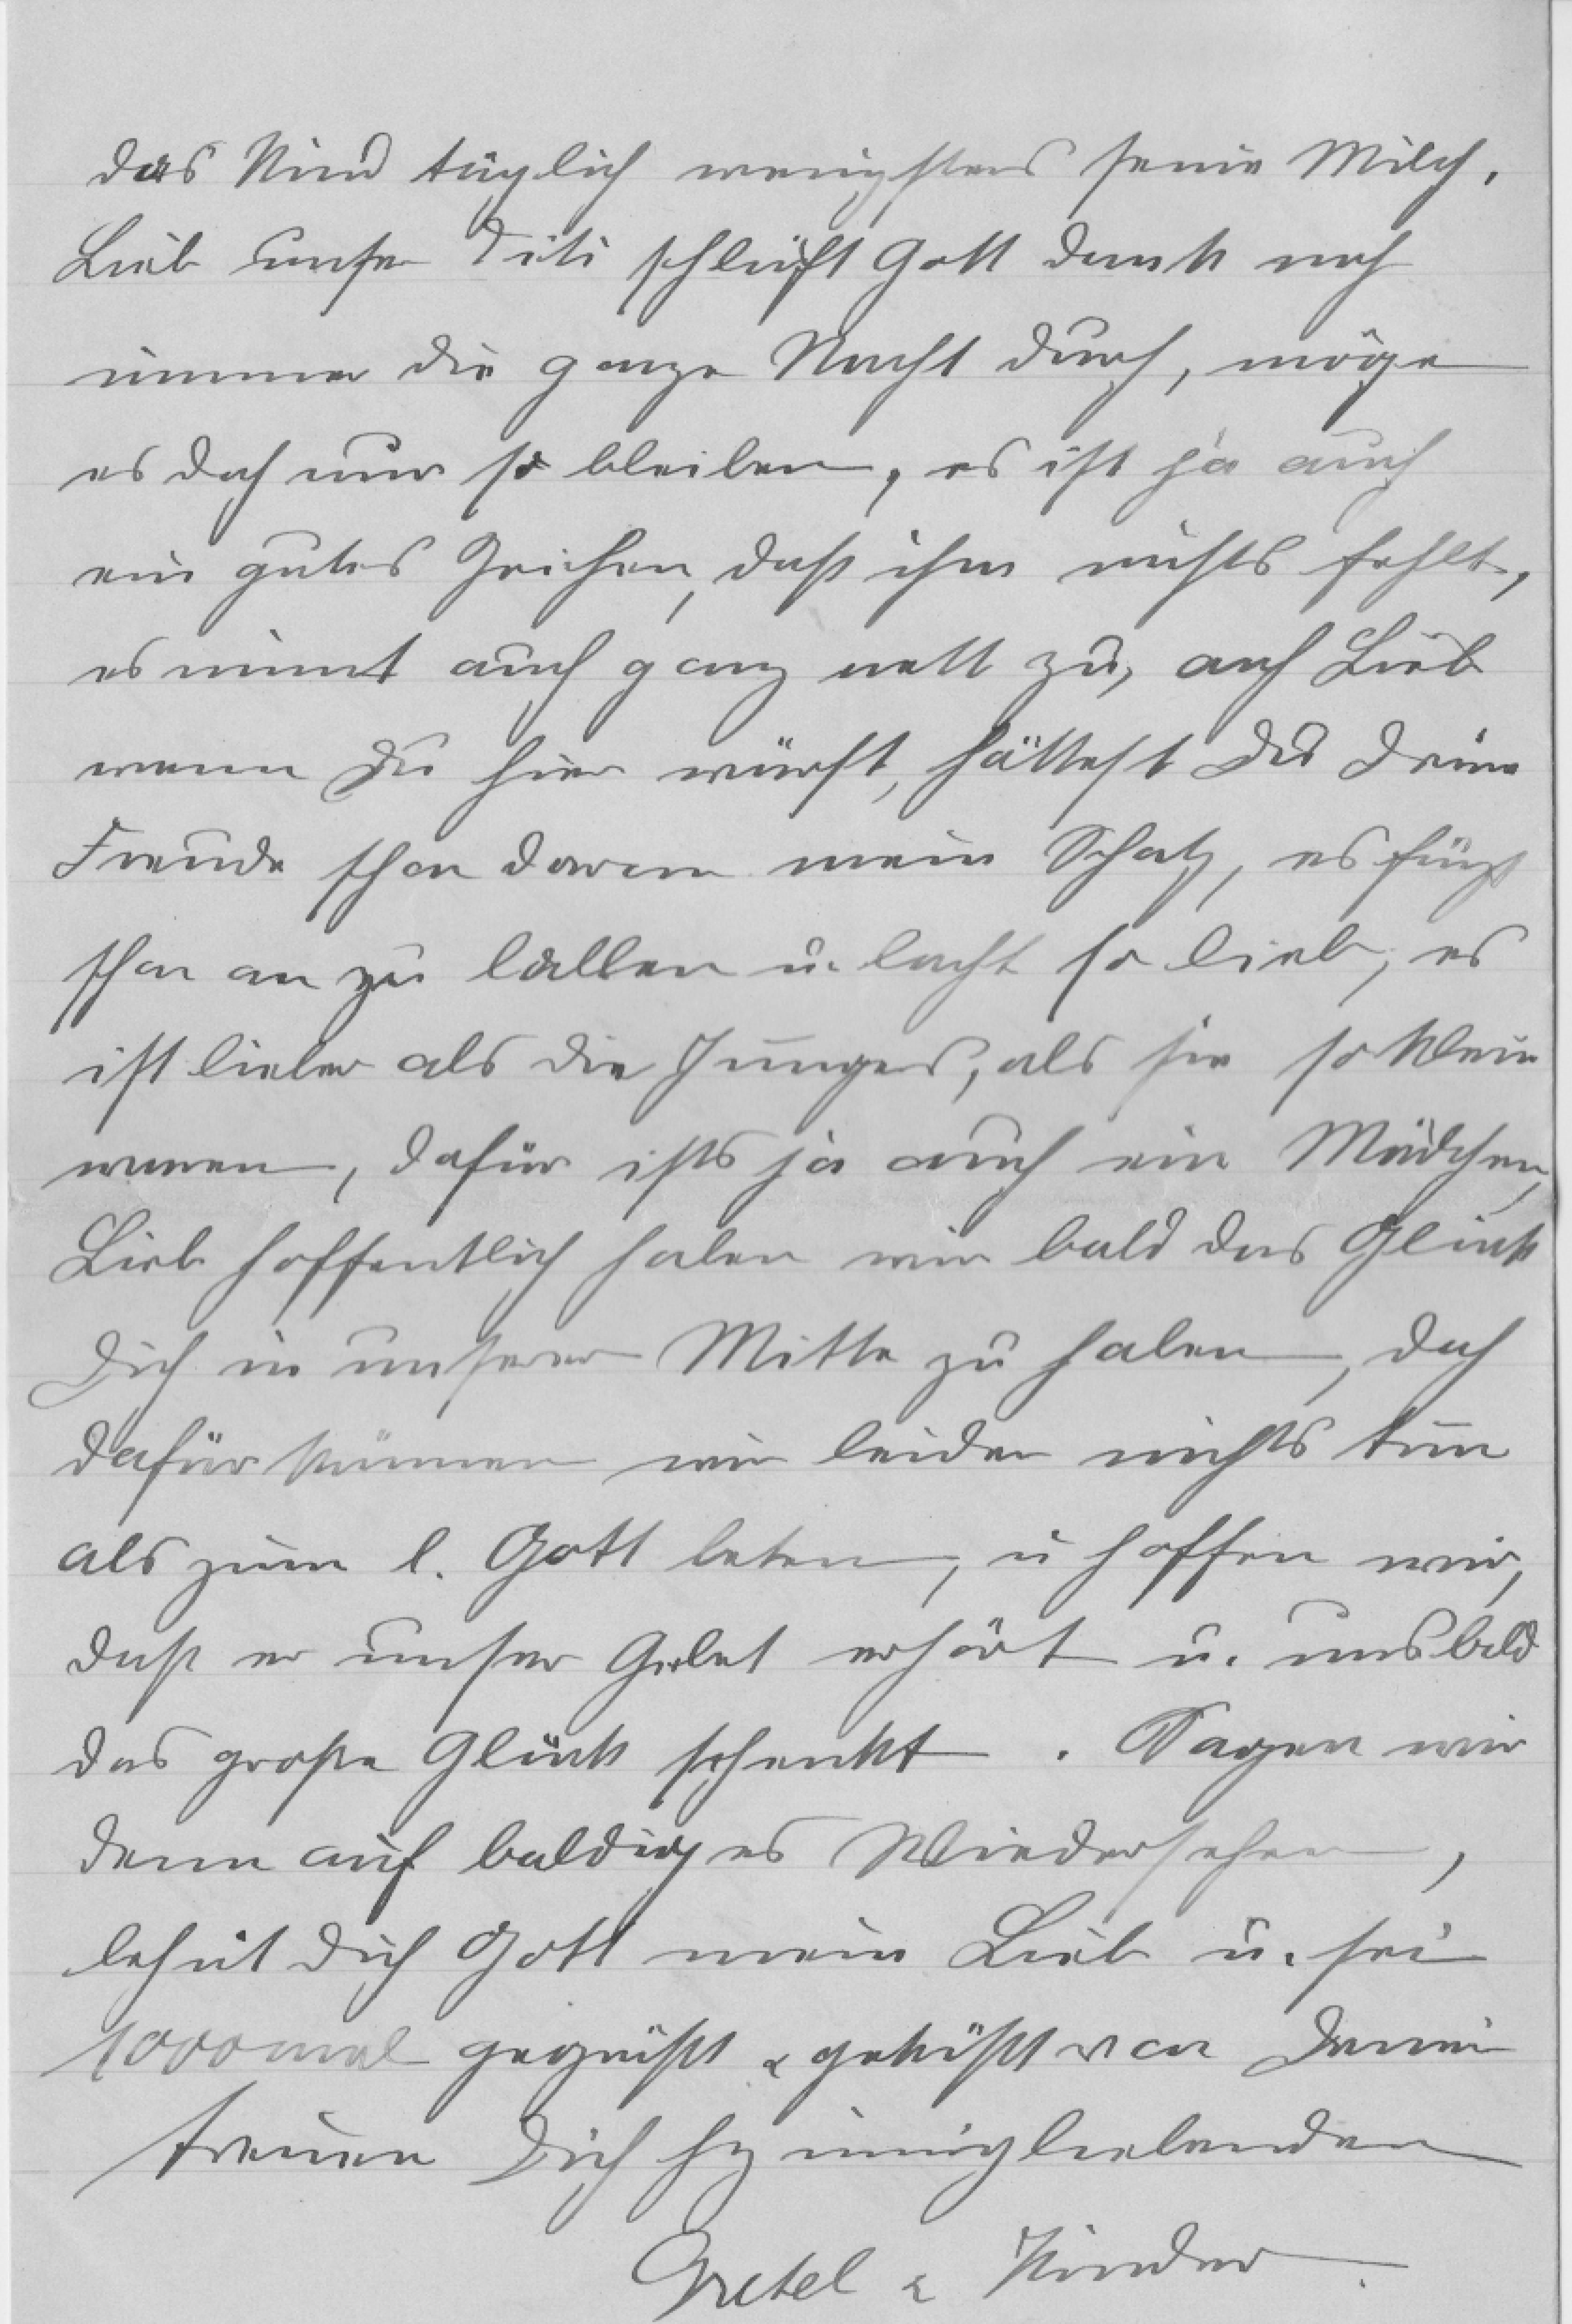
das Kind täglich wenigstens seine Milch.
Lieb unser Titi schläft Gott dank noch
immer die ganze Nacht durch, möge
es doch nur so bleiben, es ist ja auch
ein gutes Zeichen, daß ihm nichts fehlt,
es nimmt auch ganz nett zu, ach Lieb
wenn du hier wärst, hättest du deine
Freude schon davon mein Schatz, es fängt
schon an zu lallen u. lacht so lieb, es
ist lieber als die Jungen, als sie so klein
waren, dafür ists ja auch ein Mädchen,
Lieb hoffentlich haben wir bald das Glück
dich in unserer Mitte zu haben, doch
dafür können wir beiden nichts tun
als zum l. Gott beten, u. hoffen wir,
daß er unser Gebet erhört u. uns bald
das große Glück schenkt. Sagen wir
dann auf baldiges Wiedersehen,
behüt dich Gott mein Lieb u. sei
1000 mal gegrüßt und geküßt von deiner
treuen dich herzinnig liebenden
Gretel und Kinder.